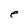
Character: e